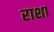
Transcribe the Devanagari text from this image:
राशा